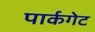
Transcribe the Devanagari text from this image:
पार्कगेट